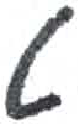
אות: ט